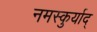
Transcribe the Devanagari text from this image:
नमस्कुर्याद्